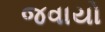
જવાયો